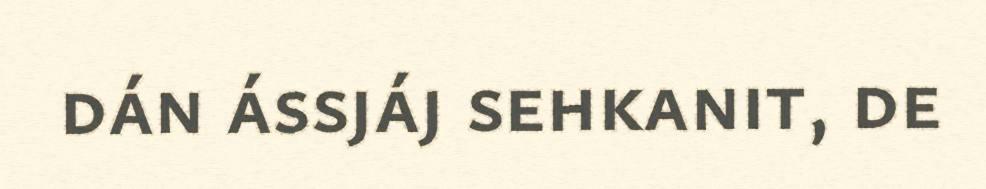
dán ássjáj sehkanit, de